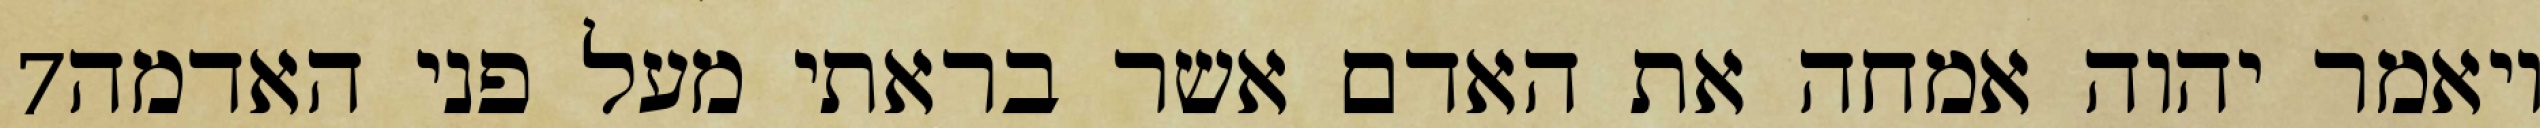
‎7‏ ויאמר יהוה אמחה את האדם אשר בראתי מעל פני האדמה